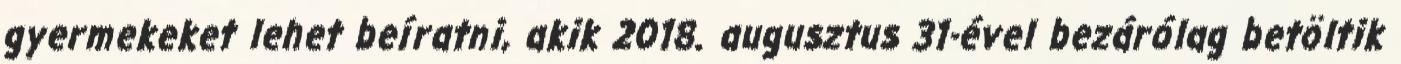
gyermekeket lehet beíratni, akik 2018. augusztus 31-ével bezárólag betöltik